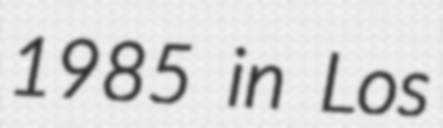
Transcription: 1985 in Los